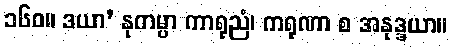
၁၆၀။ ဒယာ’ နုကမ္ပာ ကာရုညံ၊ ကရုဏာ စ အနုဒ္ဒယာ။